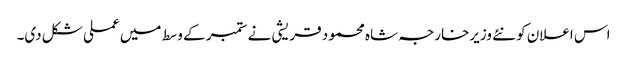
اس اعلان کو نئے وزیرخارجہ شاہ محمود قریشی نے ستمبر کے وسط میں عملی شکل دی۔